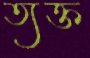
ত্যক্ত